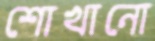
শোখানো